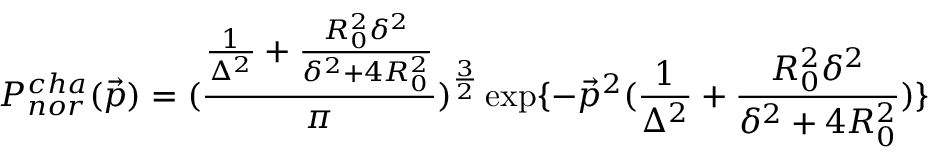
P _ { n o r } ^ { c h a } ( \vec { p } ) = ( \frac { \frac { 1 } { \Delta ^ { 2 } } + \frac { R _ { 0 } ^ { 2 } \delta ^ { 2 } } { \delta ^ { 2 } + 4 R _ { 0 } ^ { 2 } } } { \pi } ) ^ { \frac { 3 } { 2 } } \exp \{ - \vec { p } ^ { 2 } ( \frac { 1 } { \Delta ^ { 2 } } + \frac { R _ { 0 } ^ { 2 } \delta ^ { 2 } } { \delta ^ { 2 } + 4 R _ { 0 } ^ { 2 } } ) \}